system: You are a helpful assistant.
user:
Analyze the provided spectrum to determine if it is a **M-type Giant (gM)**.

A M-type Giant spectrum is defined by its **strong molecular absorption** features, particularly from **Titanium Oxide (TiO)**. You must check for one of the following mutually exclusive signatures:

- **Key Visual Indicators (Absorption-Dominated Spectrum):**

    - **(Primary):** The spectrum is dominated by strong molecular absorption from **Titanium Oxide (TiO)**. This is the **defining feature** of its M-type temperature class.
        - **(Key Bandheads):** Look for sharp, "saw-tooth" absorption valleys. The strongest are located near **~7050 Å**, **~6160 Å**, and **~5170 Å**.
        - **(Line Profile):** The "saw-tooth" morphology is critical: a **sharp, steep drop on the BLUE (short-wavelength) side** of the bandhead, followed by a gradual recovery (rising flux) towards the RED (long-wavelength) side.

    - **(Key Confirmation - Giant vs. Dwarf):** **ABSENCE** of strong **Calcium Hydride (CaH)** molecular bands. This is the primary diagnostic for *excluding* M-dwarfs.
        - **(Key Region):** The spectrum should lack the strong, broad absorption band seen in dwarfs between **~6800 Å and ~7000 Å**.

    - **(Secondary Confirmation - Giant):** A very strong and broad **Neutral Calcium (Ca I)** atomic absorption line.
        - **(Key Line):** Located at **~4226 Å**. In a giant (gM), this line is significantly deeper and broader than the same line in an M-dwarf (dM) due to low surface gravity.

    - **(Overall Spectrum):**
        - The continuum is **extremely red-sloping** (i.e., flux is very low in the blue and rises dramatically towards the red).
        - The entire spectrum appears "chopped up" by the deep TiO bands.

Think first, call **spectral_visualization_tool** if needed to examine features in detail, then provide your final answer. Your response must adhere to the following strict rules:
1.  **Overall Structure:** Your response must follow the format `<think>...</think> <tool_call>...</tool_call> (if a tool is used) <answer>...</answer>`.
2.  **Tool Usage Constraint:** You may only make **one** tool call per turn.
3.  **Final Answer Format:** In the `<answer>` tag, your conclusion must be inside a `\boxed{}` command (e.g., `\boxed{YES}` or `\boxed{NO}`), followed by your justification.

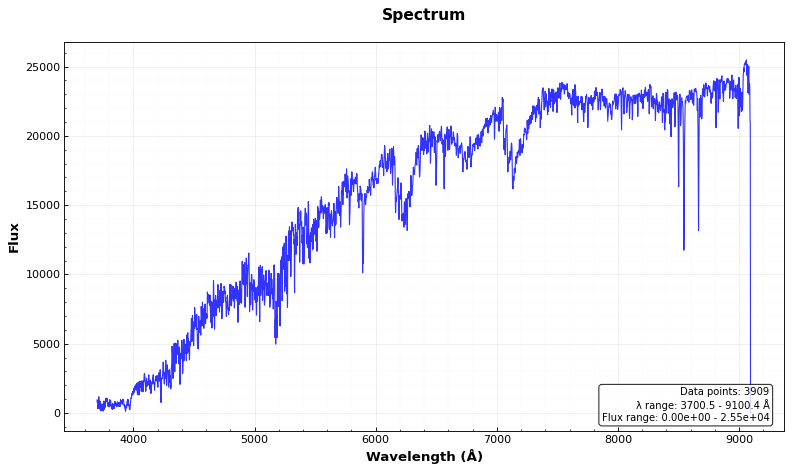
Answer: YES